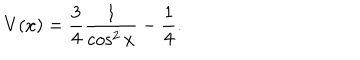
V ( x ) = \frac { 3 } { 4 } \frac { 1 } { \cos ^ { 2 } x } - \frac { 1 } { 4 } .